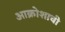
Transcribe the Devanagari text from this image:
आक्रोशाची